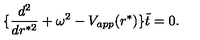
\{ { \frac { d ^ { 2 } } { d r ^ { * 2 } } } + \omega ^ { 2 } - V _ { a p p } ( r ^ { * } ) \} \tilde { t } = 0 .